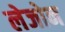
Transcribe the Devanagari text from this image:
लेजोन